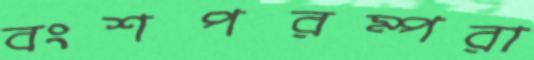
বংশপরম্পরা